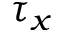
\tau _ { x }